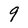
Character: 9